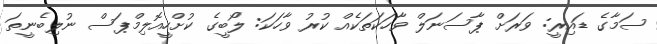
ސަމާގެ ޑައިރީ: ވަރަށް ޕާސަނަލް ވާހަކަތަކެއް ކުރު ވާހަކަ: ލޯބީގެ ކުށްހީއޮލިމްޕަސް ނުލިބެނީތަ